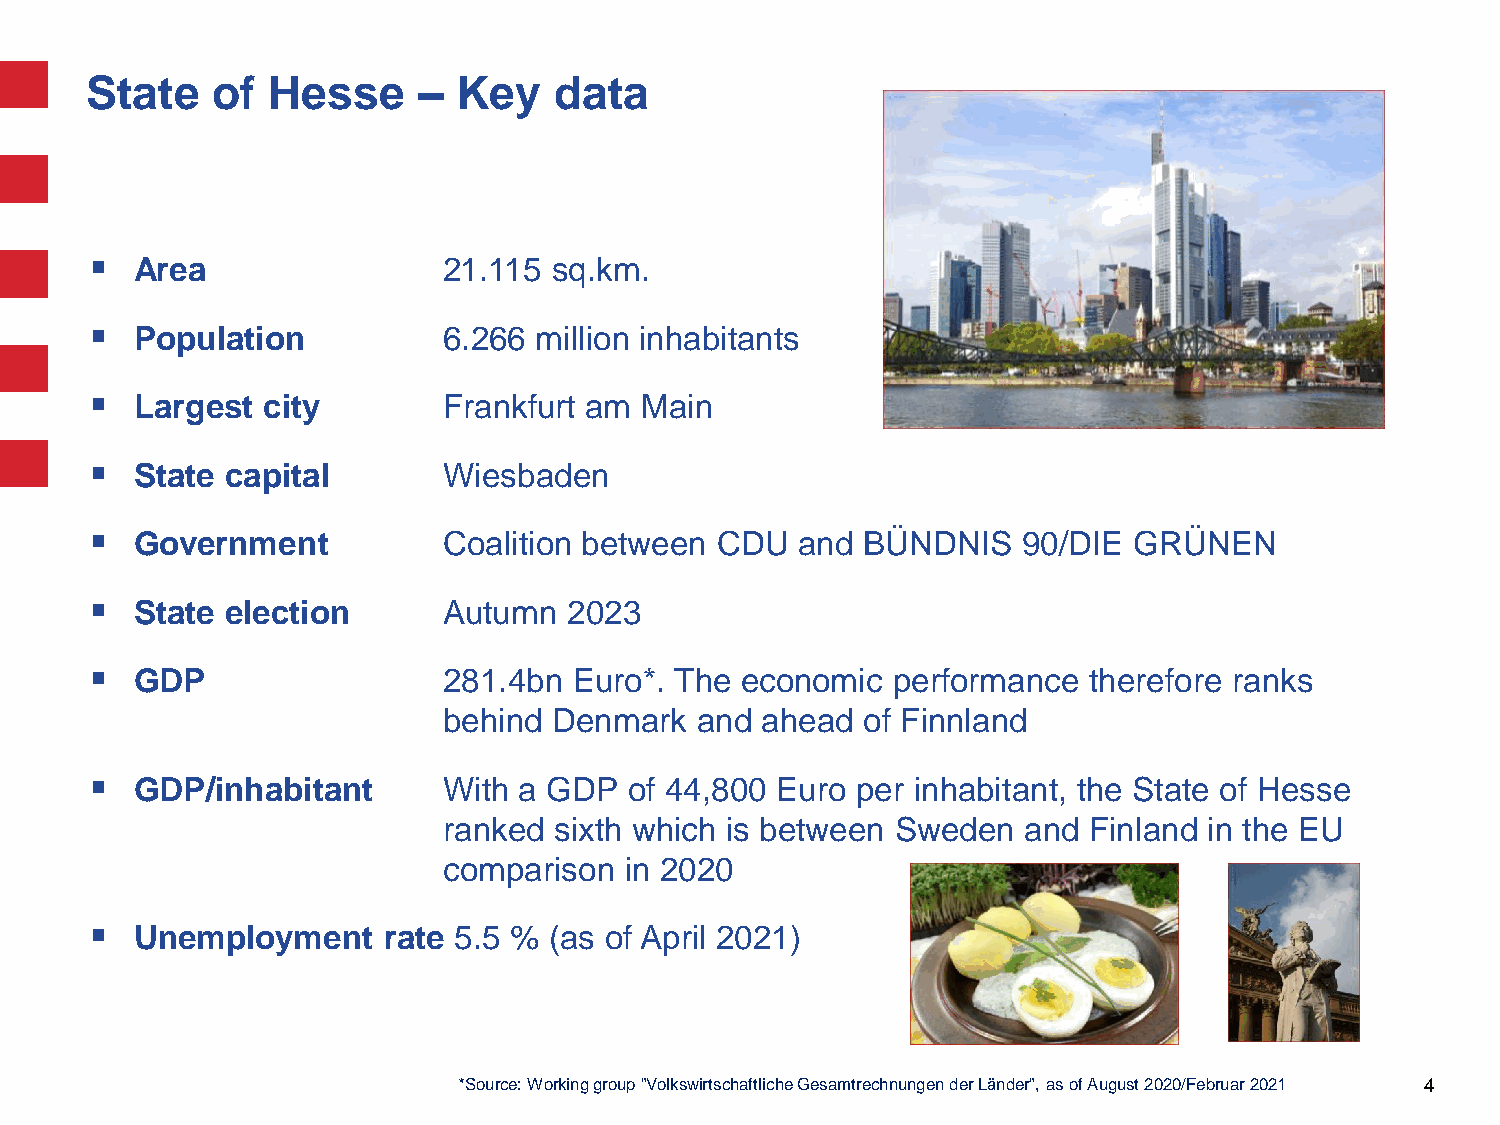
State   of  Hesse     – Key    data
   Area                21.115  sq.km.
   Population          6.266 million inhabitants
   Largest city        Frankfurt am Main
   State capital       Wiesbaden
   Government          Coalition between CDU   and BÜNDNIS    90/DIE GRÜNEN
   State election      Autumn   2023
   GDP                 281.4bn  Euro*. The economic  performance  therefore ranks
 behind  Denmark  and ahead  of Finnland
   GDP/inhabitant      With a GDP   of 44,800 Euro per inhabitant, the State of Hesse
 ranked  sixth which is between Sweden  and Finland in the EU
 comparison  in 2020
   Unemployment    rate 5.5 % (as of April 2021)
 *Source: Working group "Volkswirtschaftliche Gesamtrechnungen der Länder", as of August 2020/Februar 2021 4